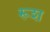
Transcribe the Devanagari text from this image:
रूश